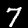
Digit: 7